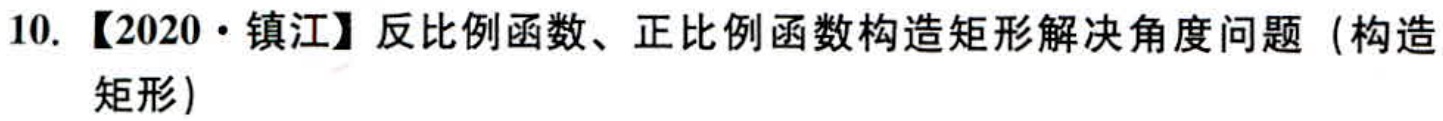
10. 【2020·镇江】反比例函数、正比例函数构造矩形解决角度问题（构造矩形）